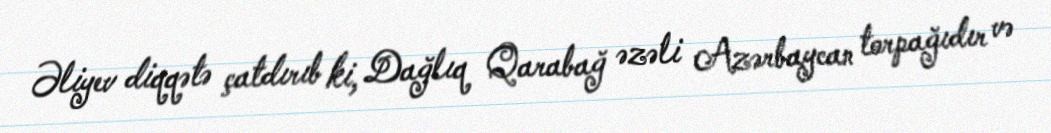
Əliyev diqqətə çatdırıb ki, Dağlıq Qarabağ əzəli Azərbaycan torpağıdır və